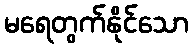
မရေတွက်နိုင်သော